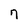
Character: 7